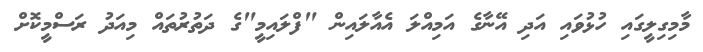
މާމިގިލީގައި ހުޅުވައި އަދި އޭނާގެ އަމިއްލަ އެއާލައިން "ފްލައިމީ"ގެ ދަތުރުތައް މިއަދު ރަސްމީކޮށް